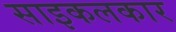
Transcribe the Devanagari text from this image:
साइकलकार